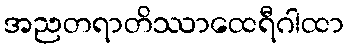
အညတရာတိဿာထေရီဂါထာ